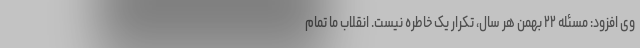
وی افزود: مسئله ۲۲ بهمن هر سال، تکرار یک خاطره نیست. انقلاب ما تمام‌